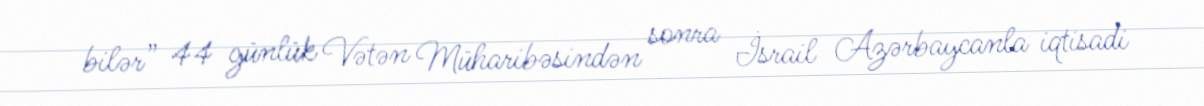
bilər” 44 günlük Vətən Müharibəsindən sonra İsrail Azərbaycanla iqtisadi